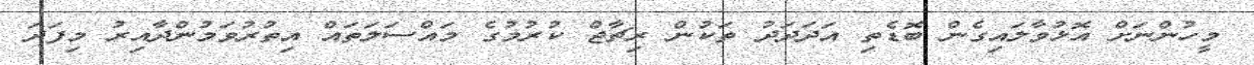
މީހުންނަށް އޮޅުވާލައިގެން ބޮޑެތި އަދަދަދު ތަކުން ރިޗާޖް ކުރުމުގެ މައްސަލަތައް އިތުރުވަމުންދާއިރު މިފަދަ